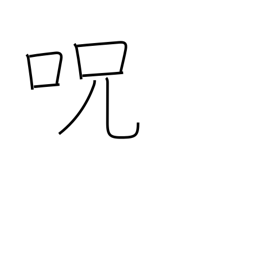
Meaning: charm